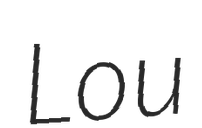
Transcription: Lou